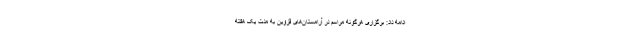
ادامه داد: برگزاری هرگونه مراسم در آرامستان‌های قزوین به مدت یک هفته